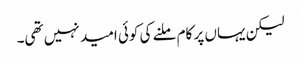
لیکن یہاں پر کام ملنے کی کوئی امید نہیں تھی۔